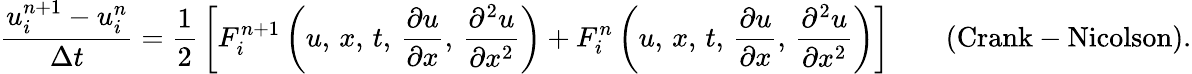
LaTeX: {\frac{u_{i}^{n+1}-u_{i}^{n}}{\Delta t}}={\frac{1}{2}}\left[F_{i}^{n+1}\left(u,\, x,\, t,\, {\frac{\partial u}{\partial x}},\, {\frac{\partial^{2}u}{\partial x^{2}}}\right)+F_{i}^{n}\left(u,\, x,\, t,\, {\frac{\partial u}{\partial x}},\, {\frac{\partial^{2}u}{\partial x^{2}}}\right)\right]\qquad{\mathrm{(Crank-Nicolson)}}.